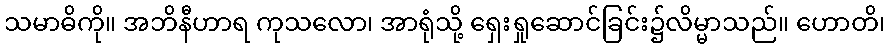
သမာဓိကို။ အဘိနီဟာရ ကုသလော၊ အာရုံသို့ ရှေးရှုဆောင်ခြင်း၌လိမ္မာသည်။ ဟောတိ၊